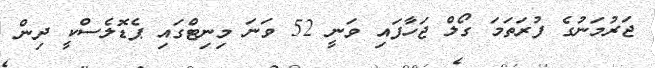
ޖަރުމަނުގެ ފުރަތަމަ ގޯލް ޖަހާފައި ވަނީ 52 ވަނަ މިނިޓްގައި ޕެޑޮލެސްކީ ދިން